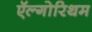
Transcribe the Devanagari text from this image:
ऍल्गोरिथम